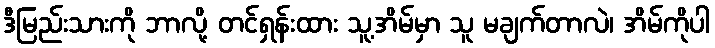
ဒီမြည်းသားကို ဘာလို့ တင်ရှန်းထား သူ့အိမ်မှာ သူ မချက်တာလဲ၊ အိမ်ကိုပါ